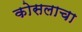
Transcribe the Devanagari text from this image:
कोसलाचा